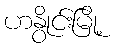
ဟနွိုင်းမြို့